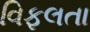
વિફલતા